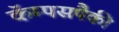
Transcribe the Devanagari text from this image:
कॅम्पसपैकी